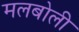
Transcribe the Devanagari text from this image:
मलबोली